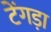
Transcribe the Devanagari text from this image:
टेंगड़ा